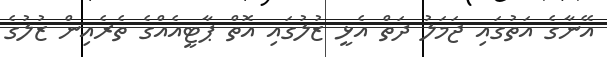
އޭނާގެ އަތުގައި ޖަމަލު ދަތް އެޅީ ޒުލުގައި އޮތް ޕާޓީއެއްގެ ތެރެއިން ޒުލުގެ